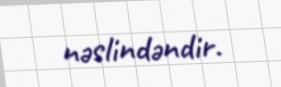
nəslindəndir.